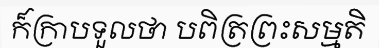
ក៏ក្រាបទួលថា បពិត្រព្រះសម្មតិ